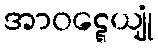
အာဝဋ္ဋေယျုံ